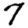
Digit: 7